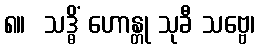
၈။  သဒ္ဓိံ ဟောန္တု သုခီ သဗ္ဗေ၊